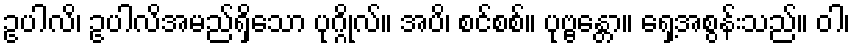
ဥပါလိ၊ ဥပါလိအမည်ရှိသော ပုဂ္ဂိုလ်။ အပိ၊ စင်စစ်။ ပုဗ္ဗန္တော။ ရှေ့အစွန်းသည်။ ဝါ၊